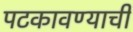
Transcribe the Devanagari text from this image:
पटकावण्याची